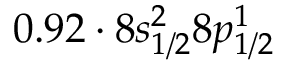
0 . 9 2 \cdot 8 s _ { 1 / 2 } ^ { 2 } 8 p _ { 1 / 2 } ^ { 1 }